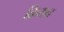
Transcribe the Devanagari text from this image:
क्रियन